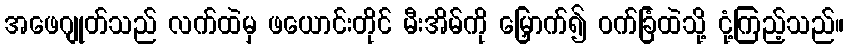
အဖေဂျုတ်သည် လက်ထဲမှ ဖယောင်းတိုင် မီးအိမ်ကို မြှောက်၍ ဝက်ခြံထဲသို့ ငုံ့ကြည့်သည်။